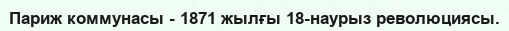
Париж коммунасы - 1871 жылғы 18-наурыз революциясы.